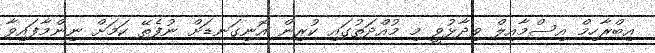
އިބްރާހިމް އިސްމާއިލް ވިދާޅުވީ މި މުއްދަތުގައި ކުރިން އޮނިގަނޑަށް ނުފެތޭ ކަމަށް ނިންމާފައިވާ